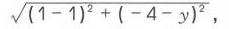
\(\sqrt{(1 - 1)^2+(-4 - y)^2}\)